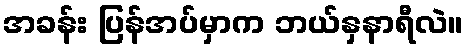
အခန်း ပြန်အပ်မှာက ဘယ်နှနာရီလဲ။